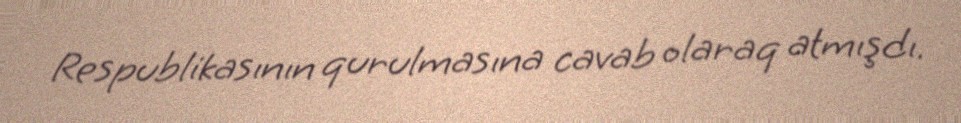
Respublikasının qurulmasına cavab olaraq atmışdı.